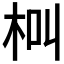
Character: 𣐲